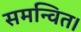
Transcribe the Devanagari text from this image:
समन्वित।